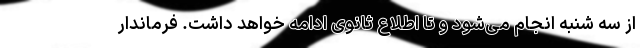
از سه شنبه انجام می‌شود و تا اطلاع ثانوی ادامه خواهد داشت. فرماندار